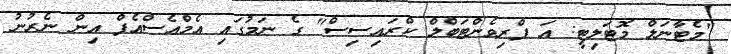
"މެޓާނަލް މޮޓަލިޓީ: އަ ޕްރިވެންޓަބްލް ކްރައިސިސް" ގެ ނަމުގައި އެމްއެސްއެފް އިން ނެރުނު